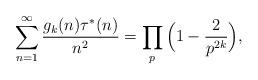
LaTeX: \begin{align*}\sum_{n=1}^{\infty}\frac{g_k(n)\tau^*(n)}{n^2}=\prod_{p}\Big(1-\frac{2}{p^{2k}}\Big),\end{align*}